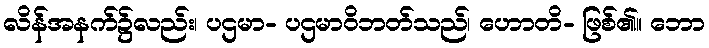
လိန်အနက်၌လည်း၊ ပဌမာ- ပဌမာဝိဘတ်သည်၊ ဟောတိ- ဖြစ်၏။ ဘော